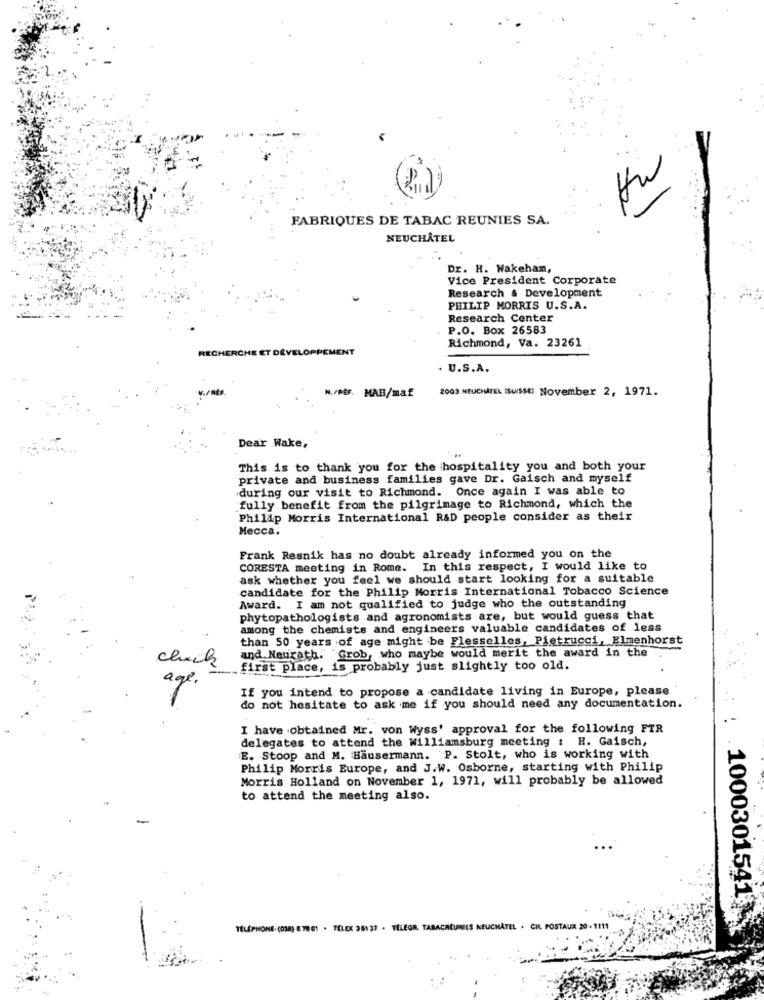
FABRIQUES DE TABAC REUNIES SA.
NEUCHÂTEL
Dr. H. Wakehan,
Vice President Corporate
Research & Development
PHILIP MORRIS U.S.A.
Research Center
P.O. Box 26583
Richmond, Va. 23261
RECHERCHE ET DÉVEL
. U.S.A.
2003 NEUCHATEL HuisSE! November 2, 1971.
N./REF. MAB/maf
Dear Wake,
This is to thank you for the hospitality you and both your
private and business families gave Dr. Gaisch and myself
during our visit to Richmond. Once again I was able to
fully benefit from the pilgrimage to Richmond, which the
Philip Morris International R&D people consider as their
Mecca.
Frank Resnik has no doubt already informed you on the
CORESTA meeting in Rome. In this respect, I would like to
ask whether you feel we should start looking for a suitable
candidate for the Philip Morris International Tobacco Science
Award. I am not qualified to judge who the outstanding
phytopathologists and agronomists are, but would guess that
among the chemists and engineers valuable candidates of less
than 50 years of age might be Flesselles, Pietrucci,Elmenhorst
and.Neurath. Grob, who maybe would merit the award in the
chuck
first place, is probably just slightly too old.
age.
If you intend to propose a candidate living in Europe, please
do not hesitate to ask me if you should need any documentation.
I have obtained Mr. von Wyss' approval for the following FTR
delegates to attend the Williamsburg meeting : H. Gaisch,
E. Stoop and M. Hausermann. P. Stolt, who is working with
Philip Morris Europe, and J.W. Osborne, starting with Philip
Morris Holland on November 1, 1971, will probably be allowed
to attend the meeting also.
1000301541
TELEPHONE. (038) 8 78 61 . TELEX 36137 - TELEGR. TABACHEUNIES NEUCHÂTEL . CH. POSTAUX 20 - 1111